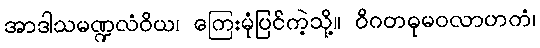
အာဒါသမဏ္ဍလံဝိယ၊ ကြေးမုံပြင်ကဲ့သို့။ ဝိဂတဓုမဝလာဟကံ၊